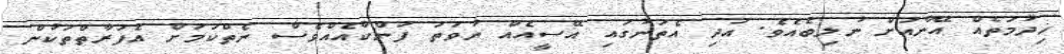
ޚިދުމަތެއް އޭނާއަށް ނުލިބެއެވެ. އަދި އެތަނުގައި އޭސީއެއް ނުވަތަ ފަންކާއެއްވެސް ނެތްކަމަށް އެފަރާތްތަކުން